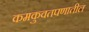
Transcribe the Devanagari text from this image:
कमकुवतपणातील